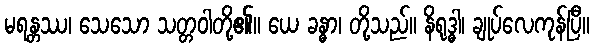
မရန္တဿ၊ သေသော သတ္တဝါတို့၏။ ယေ ခန္ဓာ၊ တို့သည်။ နိရုဒ္ဓါ၊ ချုပ်လေကုန်ပြီ။